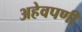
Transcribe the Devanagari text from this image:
अहेवपणी